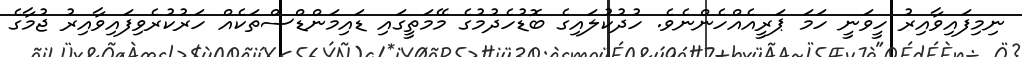
ނިމިފައިވާއިރު ހީވަނީ ހަމަ ޕަރީއެއްހެންނެވެ. ހުދުކުލައިގެ ބޮޑުހެދުމުގެ މޭމަތީގައި ޑައިމަންޑްސްތަކެއް ހަރުކުރެވިފައިވާއިރު ޖުމާގެ